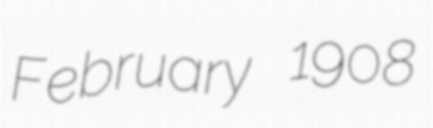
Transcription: February 1908